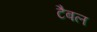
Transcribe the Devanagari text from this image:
टैबल